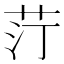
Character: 𦭑